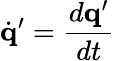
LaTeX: \dot{\mathbf{q}}^{\prime}=\frac{d\mathbf{q}^{\prime}}{dt}